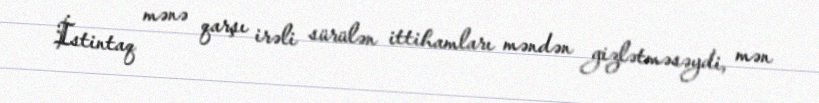
İstintaq mənə qarşı irəli sürülən ittihamları məndən gizlətməsəydi, mən